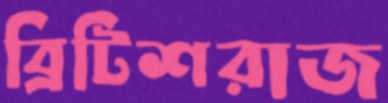
ব্রিটিশরাজ